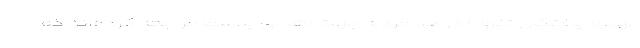
بهبودیافتگان تنها ۲ درصد مردم جهت اهدای پلاسما مراجعه کرده‌اند که